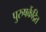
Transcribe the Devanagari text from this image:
पुरुषकेंद्रित